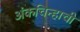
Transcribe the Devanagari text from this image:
अंकचिन्हाची